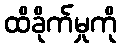
ထိခိုက်မှုကို